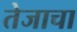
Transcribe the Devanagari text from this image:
तेजाचा